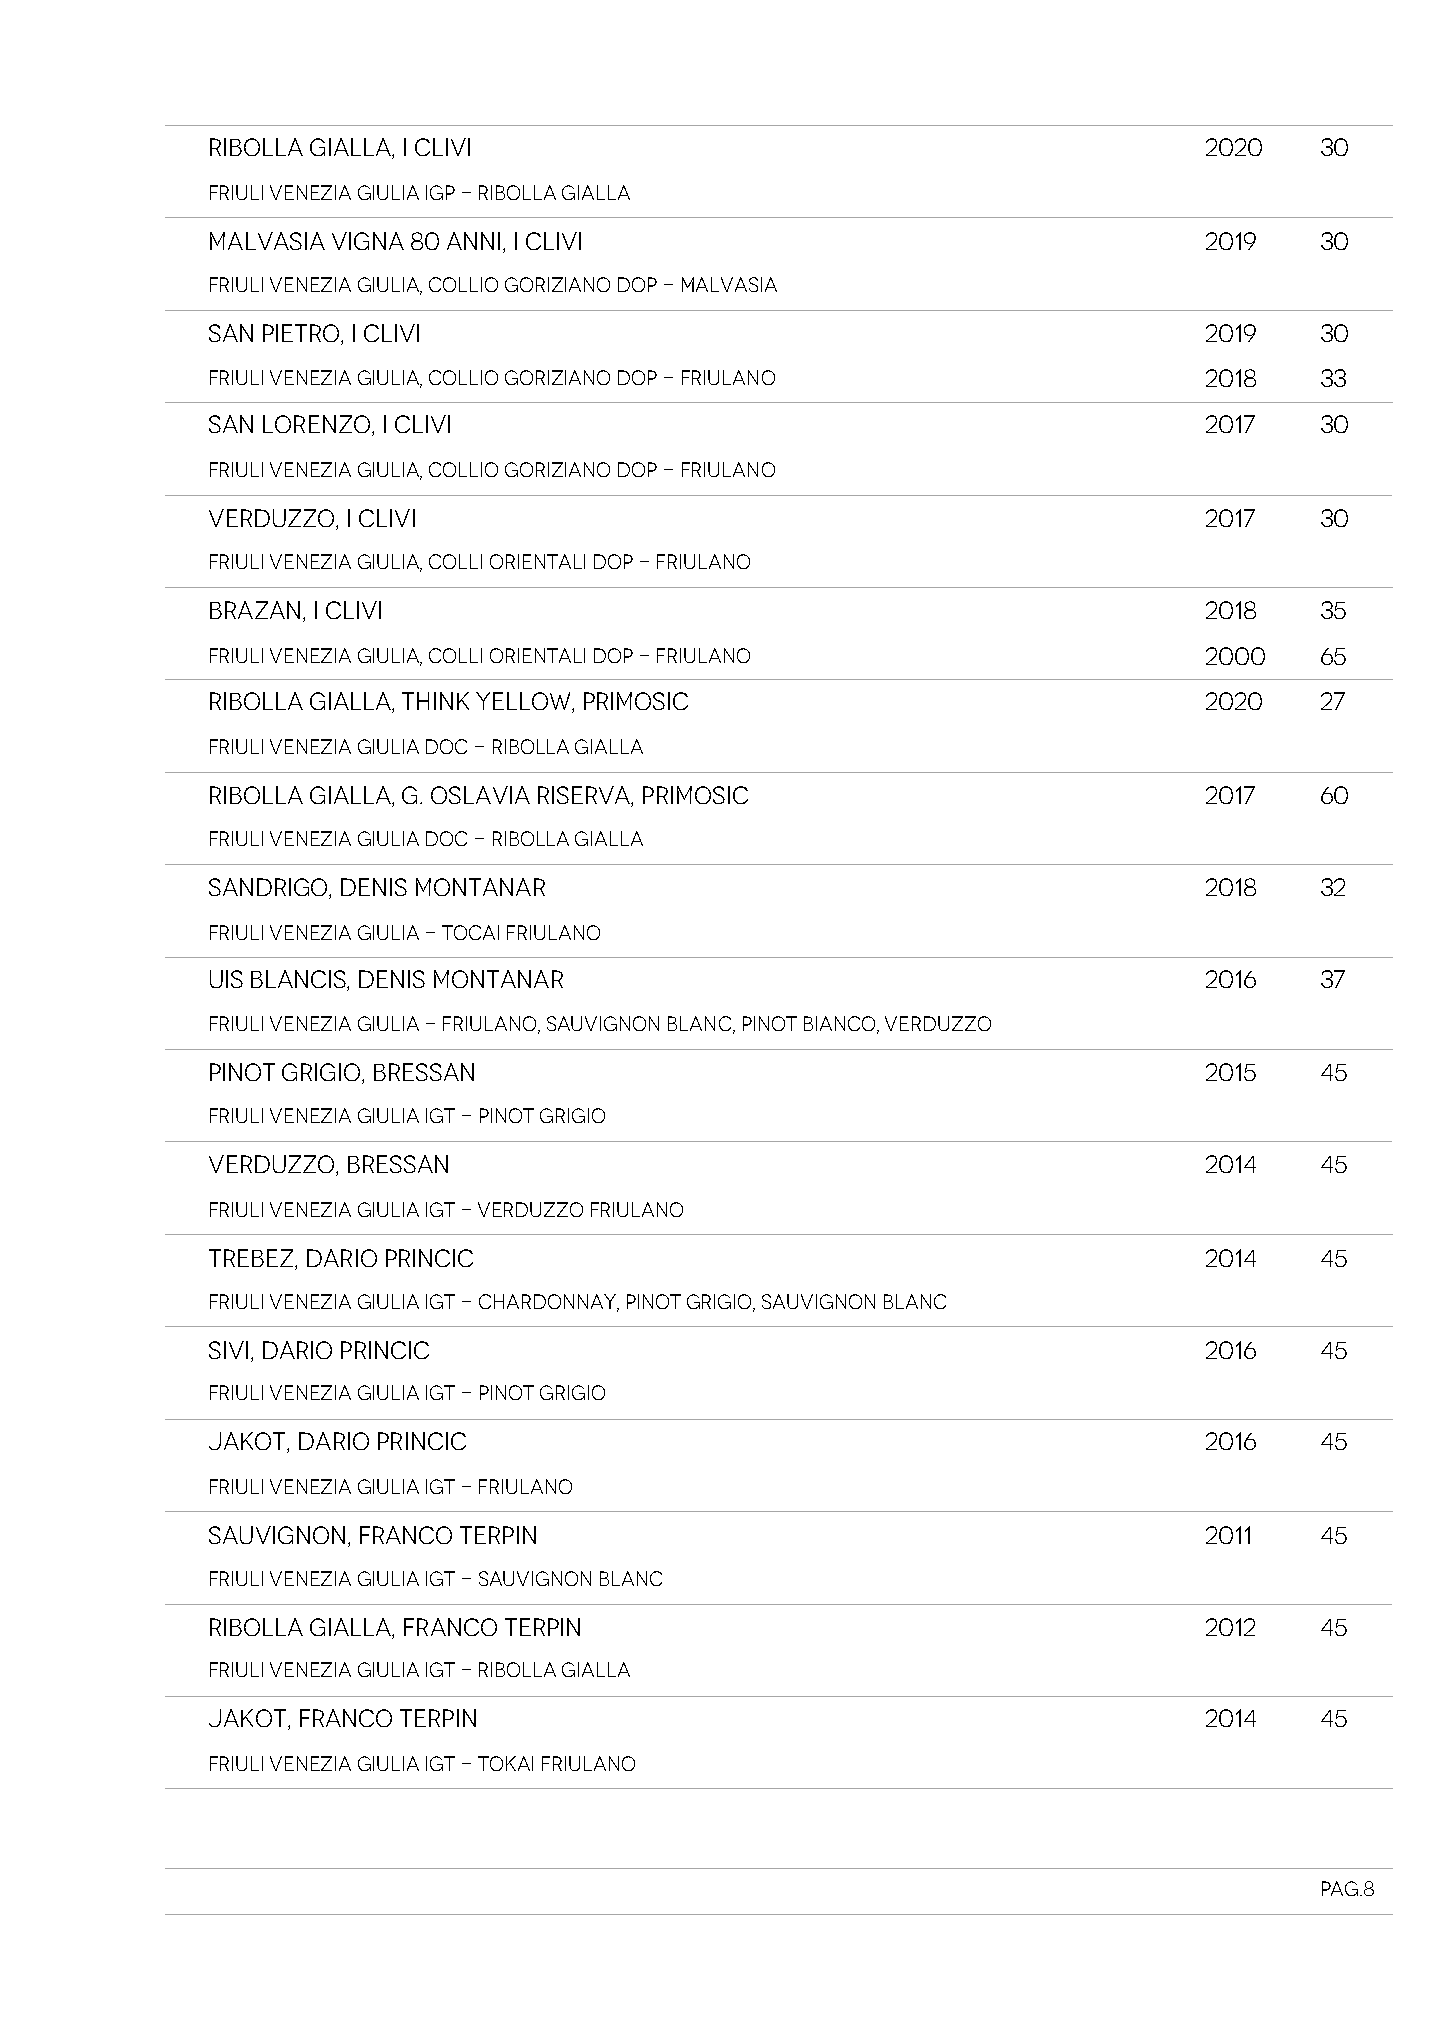
RIBOLLA GIALLA, I CLIVI                                           2020   30
 Friuli Venezia Giulia IGP - Ribolla Gialla
 MALVASIA VIGNA 80 ANNI, I CLIVI                                   2019   30
 Friuli Venezia Giulia, Collio Goriziano DOP - Malvasia
 SAN PIETRO, I CLIVI                                               2019   30
 Friuli Venezia Giulia, Collio Goriziano DOP - Friulano            2018   33
 SAN LORENZO, I CLIVI                                              2017   30
 Friuli Venezia Giulia, Collio Goriziano DOP - Friulano
 VERDUZZO, I CLIVI                                                 2017   30
 Friuli Venezia Giulia, Colli Orientali DOP - Friulano
 BRAZAN, I CLIVI                                                   2018   35
 Friuli Venezia Giulia, Colli Orientali DOP - Friulano             2000   65
 RIBOLLA GIALLA, THINK YELLOW, PRIMOSIC                            2020   27
 Friuli Venezia Giulia DOC - Ribolla Gialla
 RIBOLLA GIALLA, G. OSLAVIA RISERVA, PRIMOSIC                      2017   60
 Friuli Venezia Giulia DOC - Ribolla Gialla
 SANDRIGO, DENIS MONTANAR                                          2018   32
 Friuli Venezia Giulia - Tocai Friulano
 UIS BLANCIS, DENIS MONTANAR                                       2016   37
 Friuli Venezia Giulia - Friulano, Sauvignon Blanc, Pinot Bianco, Verduzzo
 PINOT GRIGIO, BRESSAN                                             2015   45
 Friuli Venezia Giulia IGT - Pinot Grigio
 VERDUZZO, BRESSAN                                                 2014   45
 Friuli Venezia Giulia IGT - Verduzzo Friulano
 TREBEZ, DARIO PRINCIC                                             2014   45
 Friuli Venezia Giulia IGT - Chardonnay, Pinot Grigio, Sauvignon Blanc
 SIVI, DARIO PRINCIC                                               2016   45
 Friuli Venezia Giulia IGT - Pinot Grigio
 JAKOT, DARIO PRINCIC                                              2016   45
 Friuli Venezia Giulia IGT - Friulano
 SAUVIGNON, FRANCO TERPIN                                          2011   45
 Friuli Venezia Giulia IGT - Sauvignon Blanc
 RIBOLLA GIALLA, FRANCO TERPIN                                     2012   45
 Friuli Venezia Giulia IGT - Ribolla Gialla
 JAKOT, FRANCO TERPIN                                              2014   45
 Friuli Venezia Giulia IGT - Tokai Friulano
 Pag.8